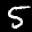
Label: 5